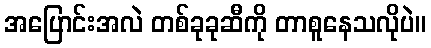
အပြောင်းအလဲ တစ်ခုခုဆီကို တာစူနေသလိုပဲ။